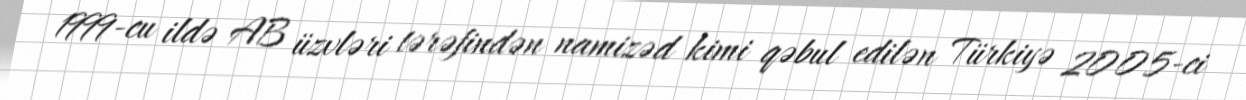
1999-cu ildə AB üzvləri tərəfindən namizəd kimi qəbul edilən Türkiyə 2005-ci